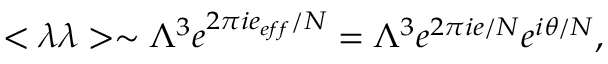
< \lambda \lambda > \sim \Lambda ^ { 3 } e ^ { 2 \pi i e _ { e f f } / N } = \Lambda ^ { 3 } e ^ { 2 \pi i e / N } e ^ { i \theta / N } ,